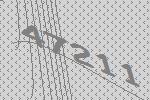
47211